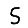
Digit: 5